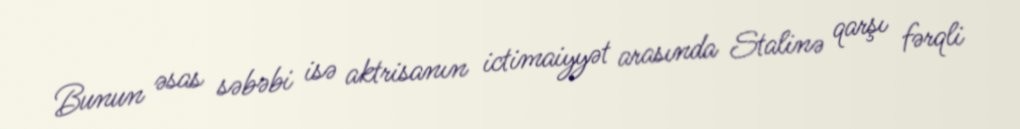
Bunun əsas səbəbi isə aktrisanın ictimaiyyət arasında Stalinə qarşı fərqli